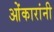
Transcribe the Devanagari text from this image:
ओंकारांनी